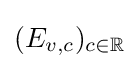
(E_{v,c})_{c\in \mathbb {R} }